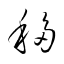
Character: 移